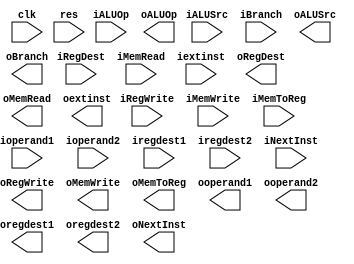
module ID(clk,res,iALUOp,iRegDest,iRegWrite,iALUSrc,iMemRead,iMemWrite,iMemToReg,iBranch,ioperand1,ioperand2,iextinst,iregdest1,iregdest2,
iNextInst,oALUOp,oRegDest,oRegWrite,oALUSrc,oMemRead,oMemWrite,oMemToReg,oBranch,ooperand1,ooperand2,oextinst,oregdest1,oregdest2,oNextInst);
input [31:0] ioperand1,ioperand2,iextinst;
input [4:0] iregdest1,iregdest2;
input [31:0] iNextInst;
input iRegDest,iRegWrite,iALUSrc,iMemRead,iMemWrite,iMemToReg,iBranch;
input [2:0]iALUOp;
input clk;
input res;

output[31:0] ooperand1,ooperand2,oextinst;
output [31:0] oNextInst;
output [4:0] oregdest1,oregdest2;
output oRegDest,oRegWrite,oALUSrc,oMemRead,oMemWrite,oMemToReg,oBranch;
output [2:0]oALUOp;

reg [31:0]  ooperand1,ooperand2,oextinst;
reg [31:0] oNextInst;
reg [4:0] oregdest1,oregdest2;
reg oRegDest,oRegWrite,oALUSrc,oMemRead,oMemWrite,oMemToReg,oBranch;
reg [2:0]oALUOp;

always@(posedge clk) begin 
if(res) begin
iNextInst<=0;
end
else begin
end
end

always@(posedge clk) begin
iNextInst<=oNextInst;
ioperand1<=ooperand1;
ioperand2<=ooperand2;
iextinst<=oextinst;
iregdest1<=oregdest1;
iregdest2<=oregdest2;
iALUOp<=oALUOp;
iRegDest<=oRegDest;
iRegWrite<=oRegWrite;
iALUSrc<=oALUSrc;
iMemRead<=oMemRead;
iMemWrite<=oMemWrite;
iMemToReg<=oMemToReg;
iBranch<=oBranch;

end


endmodule